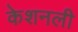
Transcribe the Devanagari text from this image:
केशनली